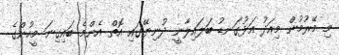
މި މޭރުމުން މިއަދު އަޅުގަނޑު ބަލައިލާނީ ދުނިޔޭގައި އޮތް އެންމެ ބައިގިނަ މީހުންގެ